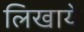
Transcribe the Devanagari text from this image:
लिखाये